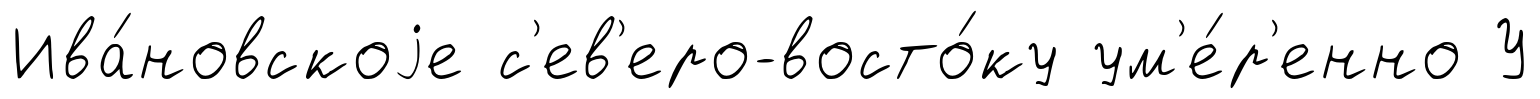
Ива́новскоjе с'ев'еро-восто́ку ум'е́р'енно У